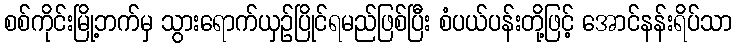
စစ်ကိုင်းမြို့ဘက်မှ သွားရောက်ယှဉ်ပြိုင်ရမည်ဖြစ်ပြီး စံပယ်ပန်းတို့ဖြင့် အောင်နန်းရိပ်သာ